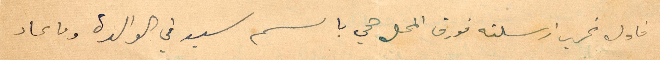
فاول تحرير ارسلته فوق المحل هي باسم سيدتي الوالدة وما عاد